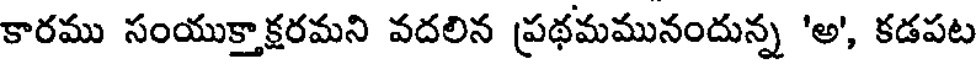
కారము సంయుక్తాక్షరమని వదలిన ప్రథమమునందున్న 'అ', కడపట